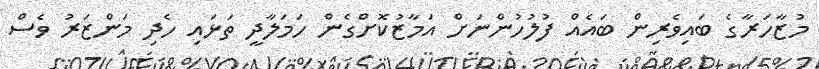
މުޒާހަރާގެ ބައިވެރިން ބައެއް ފުލުހުންނަށް އަމާޒުކޮށްގެން ހަމަލާދީ ތަޅައި ހެދި މަންޒަރު ވެސް